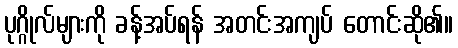
ပုဂ္ဂိုလ်များကို ခန့်အပ်ရန် အတင်းအကျပ် တောင်းဆို၏။